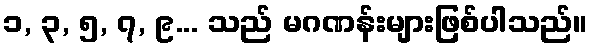
၁, ၃, ၅, ၇, ၉... သည် မဂဏန်းများဖြစ်ပါသည်။